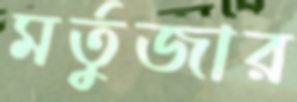
মর্তুজার